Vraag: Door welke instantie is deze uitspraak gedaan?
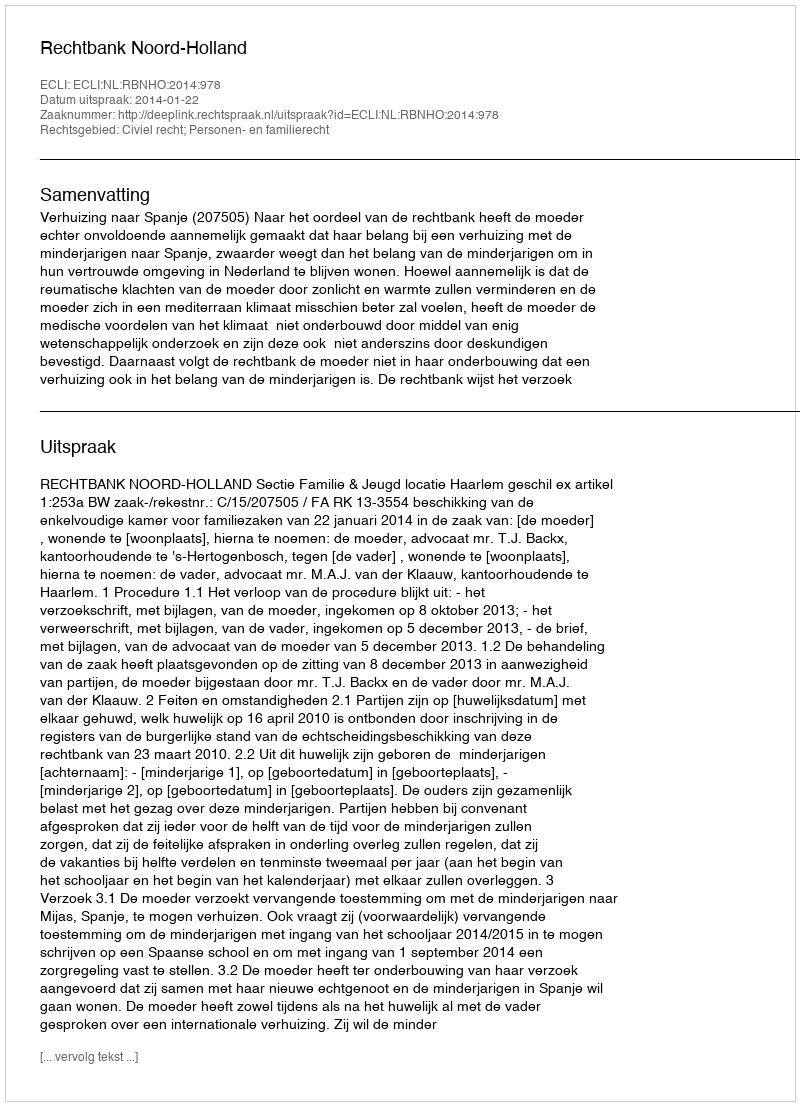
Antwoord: Rechtbank Noord-Holland